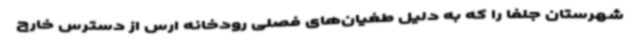
شهرستان جلفا را که به دلیل طغیان‌های فصلی رودخانه ارس از دسترس خارج